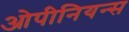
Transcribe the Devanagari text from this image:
ओपीनियन्स